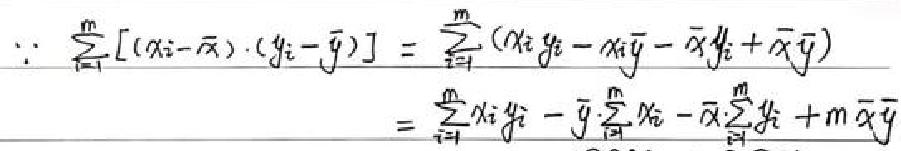
\(\because \frac{1}{n}[(x_1-\overline{x})\cdot(y_1-\overline{y})]=\frac{1}{n}(x_1y_1-x_1\overline{y}-\overline{x}y_1+\overline{x}\overline{y})\)
\(=\frac{1}{n}(x_1y_1-y_1\sum_{i = 1}^{n}\frac{x_i}{n}-\sum_{i = 1}^{n}\frac{y_i}{n}x_1+\sum_{i = 1}^{n}\frac{x_i}{n}\sum_{i = 1}^{n}\frac{y_i}{n})\)